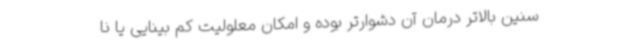
سنین بالاتر درمان آن دشوارتر بوده و امکان معلولیت کم بینایی یا نا